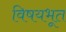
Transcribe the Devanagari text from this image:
विषयभूत